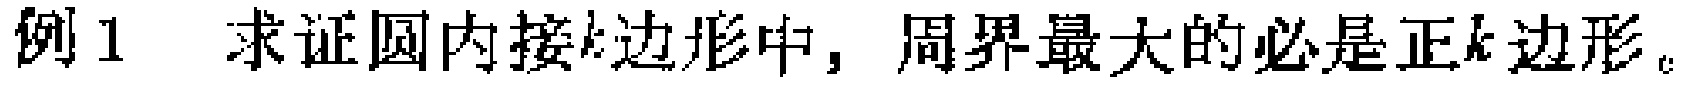
例1 求证圆内接\(k\)边形中，周界最大的必是正\(k\)边形。